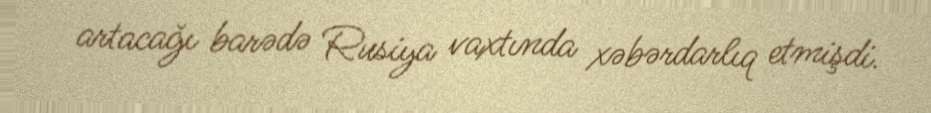
artacağı barədə Rusiya vaxtında xəbərdarlıq etmişdi.